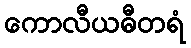
ကောလီယဓီတရံ